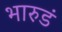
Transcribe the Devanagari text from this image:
भारुडं